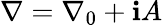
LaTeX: \nabla=\nabla_{0}+\mathbf{i}A